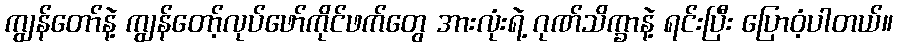
ကျွန်တော်နဲ့ ကျွန်တော့်လုပ်ဖော်ကိုင်ဖက်တွေ အားလုံးရဲ့ ဂုဏ်သိက္ခာနဲ့ ရင်းပြီး ပြောဝံ့ပါတယ်။